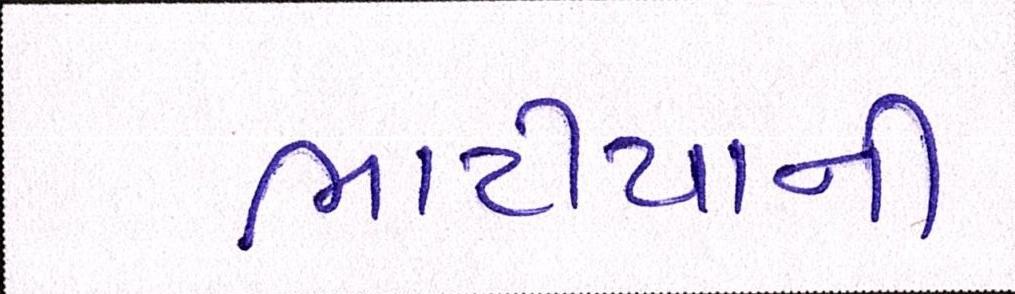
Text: ભાટીયાની